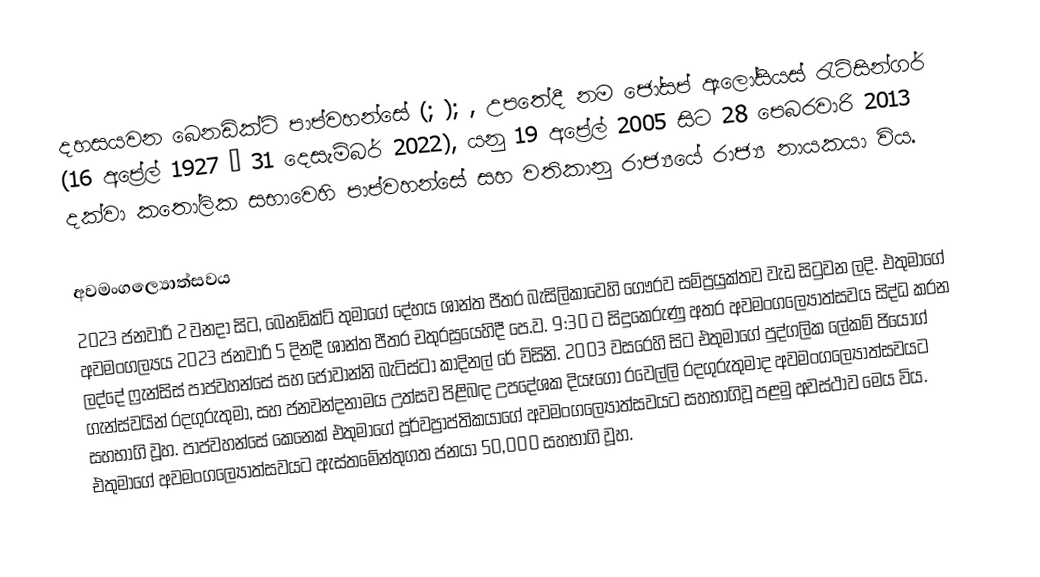
දහසයවන බෙනඩික්ට් පාප්වහන්සේ (; ); , උපතේදී නම ජෝසප් ඇලෝසියස් රැට්සින්ගර් (16 අප්‍රේල් 1927 – 31 දෙසැම්බර් 2022), යනු 19 අප්‍රේල් 2005 සිට 28 පෙබරවාරි 2013 දක්වා කතෝලික සභාවෙහි පාප්වහන්සේ සහ වතිකානු රාජ්‍යයේ රාජ්‍ය නායකයා විය.

අවමංගල්‍යොත්සවය
2023 ජනවාරි 2 වනදා සිට, බෙනඩික්ට් තුමාගේ දේහය ශාන්ත පීතර බැසිලිකාවෙහි ගෞරව සම්ප්‍රයුක්තව වැඩ සිටුවන ලදි.  එතුමාගේ අවමංගල්‍යය 2023 ජනවාරි 5 දිනදී  ශාන්ත පීතර චතුරස්‍රයෙහිදී පෙ.ව. 9:30 ට සිදුකෙරුණු අතර අවමංගල්‍යොත්සවය සිද්ධ කරන ලද්දේ ෆ්‍රැන්සිස් පාප්වහන්සේ සහ ජොවාන්නි බැටිස්ටා කාදිනල් රේ විසිනි. 2003 වසරෙහි සිට එතුමාගේ පුද්ගලික ලේකම් ජියෝග් ගැන්ස්වයින් රදගුරුතුමා, සහ ජනවන්දනාමය  උත්සව පිළිබඳ උපදේශක දියෑගො රවෙල්ලි රදගුරුතුමාද අවමංගල්‍යොත්සවයට සහභාගි වූහ. පාප්වහන්සේ කෙනෙක් එතුමාගේ පූර්වප්‍රාප්තිකයාගේ අවමංගල්‍යොත්සවයට සහභාගිවූ පළමු අවස්ථාව මෙය විය. එතුමාගේ අවමංගල්‍යොත්සවයට ඇස්තමේන්තුගත ජනයා 50,000 සහභාගි වූහ.